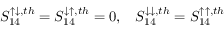
\begin{array} { r } { { S _ { 1 4 } ^ { \uparrow \downarrow , t h } = S _ { 1 4 } ^ { \downarrow \uparrow , t h } = 0 , } \quad { S _ { 1 4 } ^ { \downarrow \downarrow , t h } = S _ { 1 4 } ^ { \uparrow \uparrow , t h } } } \end{array}